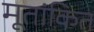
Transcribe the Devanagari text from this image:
मूतांकित